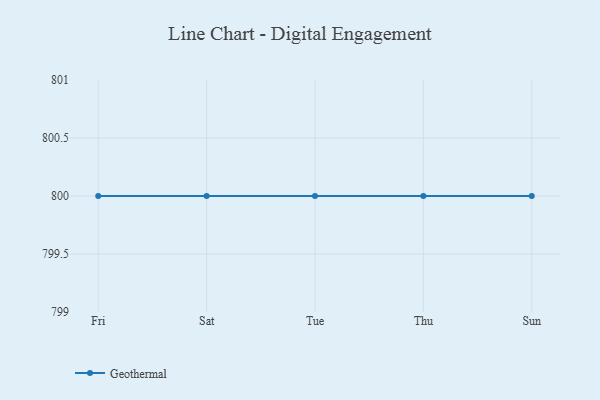
{"axis": {"x": "Day", "y": "Customer Acquisition Cost (USD)"}, "legend": ["Geothermal"], "data": [{"x": "Fri", "y": 800, "type": "Geothermal"}, {"x": "Sat", "y": 800, "type": "Geothermal"}, {"x": "Tue", "y": 800, "type": "Geothermal"}, {"x": "Thu", "y": 800, "type": "Geothermal"}, {"x": "Sun", "y": 800, "type": "Geothermal"}]}